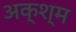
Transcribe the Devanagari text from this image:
अक्श्म